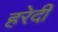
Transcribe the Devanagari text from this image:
हरेदी